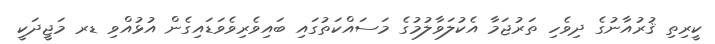
ކީރިތި ޤުރުއާނުގެ ދިވެހި ތަރުޖަމާ އެކުލަވާލުމުގެ މަސައްކަތުގައި ބައިވެރިވެވަޑައިގެން އުޅުއްވި ޑރ މަޖީދަކީ